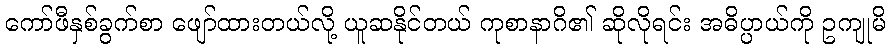
ကော်ဖီနှစ်ခွက်စာ ဖျော်ထားတယ်လို့ ယူဆနိုင်တယ် ကုစာနာဂိ၏ ဆိုလိုရင်း အဓိပ္ပာယ်ကို ဥကျုမိ